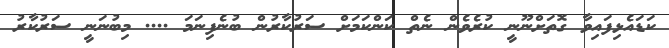
ކަޑައެޅިފައިވާ ގޮތަށްނޫނީ ކުރެވެން ނެތް ކަންކަމަށް ސަރުކާރުން ބުނެފިނަމަ .... މިބުނަނީ ސަރުކާރު